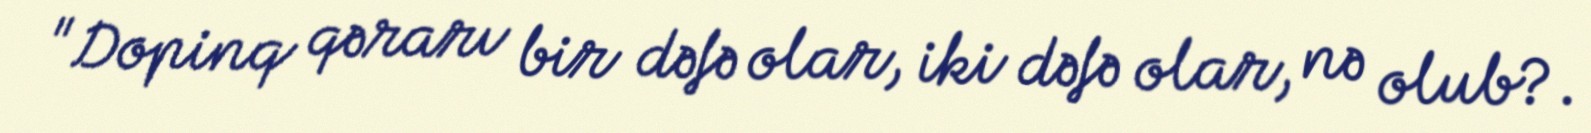
"Dopinq qərarı bir dəfə olar, iki dəfə olar, nə olub?.